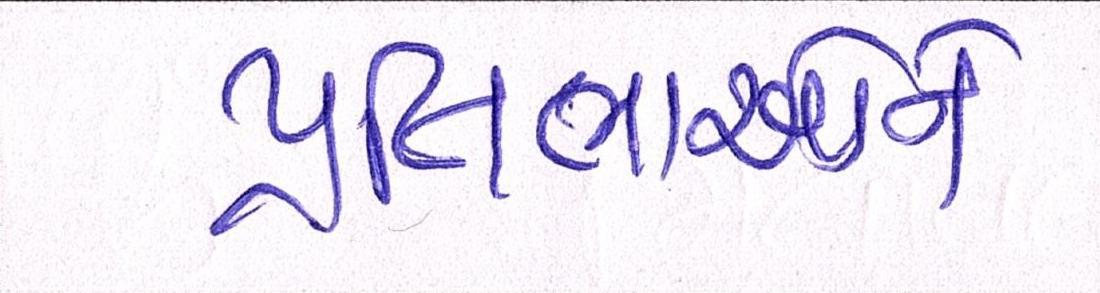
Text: પ્રતિભાઓને